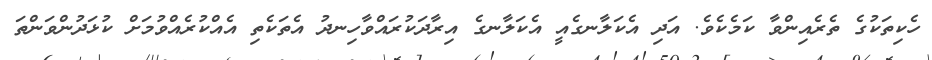
ހެކިތަކުގެ ތެރެއިންވާ ކަމެކެވެ. އަދި އެކަލާނގެއީ އެކަލާނގެ އިރާދަކުރައްވާހިނދު އެތަކެތި އެއްކުރެއްވުމަށް ކުޅަދުންވަންތަ